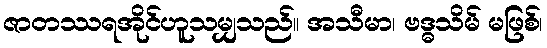
ဇာတဿရအိုင်ဟူသမျှသည်။ အသီမာ၊ ဗဒ္ဓသိမ် မဖြစ်၊